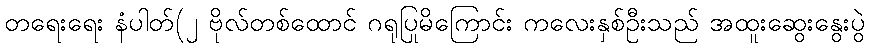
တရေးရေး နံပါတ်(၂ ဗိုလ်တစ်ထောင် ဂရုပြုမိကြောင်း ကလေးနှစ်ဦးသည် အထူးဆွေးနွေးပွဲ